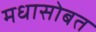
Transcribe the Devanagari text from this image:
मधासोबत